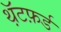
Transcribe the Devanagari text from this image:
थ़ॅटफ़र्ड